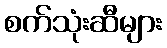
စက်သုံးဆီများ